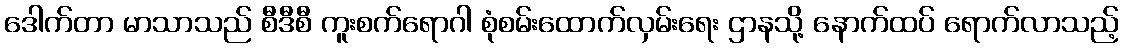
ဒေါက်တာ မာသာသည် စီဒီစီ ကူးစက်ရောဂါ စုံစမ်းထောက်လှမ်းရေး ဌာနသို့ နောက်ထပ် ရောက်လာသည့်